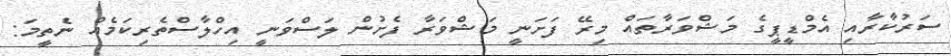
ސަރުކާރާއި އެމްޑީޕީގެ މަޝްވަރާތައް މިރޭ ފަށަނީ މަޝްވަރާ ފެށުން ލަސްވަނީ އިހްލާސްތެރިކަމެއް ނެތީމަ: